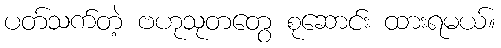
ပတ်သက်တဲ့ ဗဟုသုတတွေ စုဆောင်း ထားရမယ်။